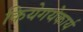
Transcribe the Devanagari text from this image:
कियेगयेकार्य